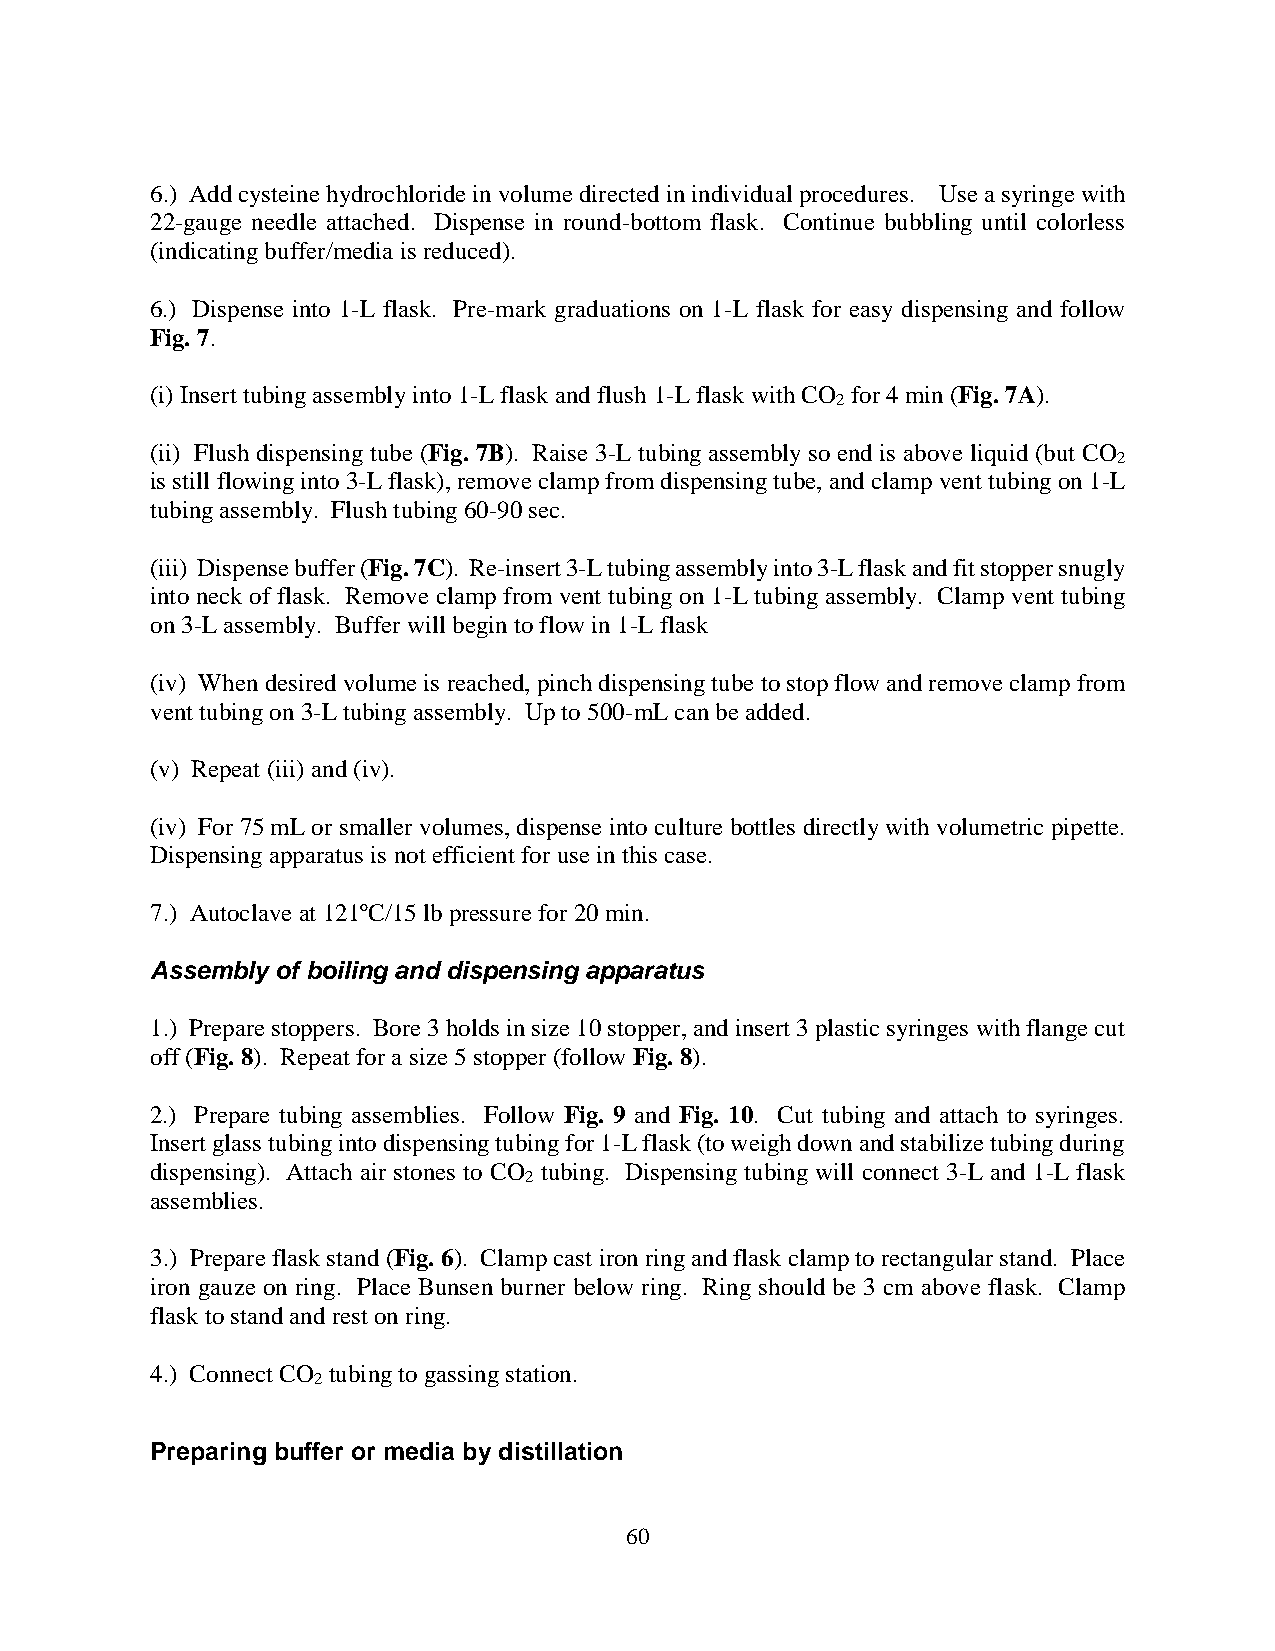
6.) Add cysteine hydrochloride in volume directed in individual procedures. Use a syringe with
 22-gauge needle attached. Dispense in round-bottom flask. Continue bubbling until colorless
 (indicating buffer/media is reduced).
 6.) Dispense into 1-L flask. Pre-mark graduations on 1-L flask for easy dispensing and follow
 Fig. 7.
 (i) Insert tubing assembly into 1-L flask and flush 1-L flask with CO for 4 min (Fig. 7A).
 2
 (ii) Flush dispensing tube (Fig. 7B). Raise 3-L tubing assembly so end is above liquid (but CO
 2
 is still flowing into 3-L flask), remove clamp from dispensing tube, and clamp vent tubing on 1-L
 tubing assembly. Flush tubing 60-90 sec.
 (iii) Dispense buffer (Fig. 7C). Re-insert 3-L tubing assembly into 3-L flask and fit stopper snugly
 into neck of flask. Remove clamp from vent tubing on 1-L tubing assembly. Clamp vent tubing
 on 3-L assembly. Buffer will begin to flow in 1-L flask
 (iv) When desired volume is reached, pinch dispensing tube to stop flow and remove clamp from
 vent tubing on 3-L tubing assembly. Up to 500-mL can be added.
 (v) Repeat (iii) and (iv).
 (iv) For 75 mL or smaller volumes, dispense into culture bottles directly with volumetric pipette.
 Dispensing apparatus is not efficient for use in this case.
 7.) Autoclave at 121ºC/15 lb pressure for 20 min.
 Assembly of boiling and dispensing apparatus
 1.) Prepare stoppers. Bore 3 holds in size 10 stopper, and insert 3 plastic syringes with flange cut
 off (Fig. 8). Repeat for a size 5 stopper (follow Fig. 8).
 2.) Prepare tubing assemblies. Follow Fig. 9 and Fig. 10. Cut tubing and attach to syringes.
 Insert glass tubing into dispensing tubing for 1-L flask (to weigh down and stabilize tubing during
 dispensing). Attach air stones to CO tubing. Dispensing tubing will connect 3-L and 1-L flask
 2
 assemblies.
 3.) Prepare flask stand (Fig. 6). Clamp cast iron ring and flask clamp to rectangular stand. Place
 iron gauze on ring. Place Bunsen burner below ring. Ring should be 3 cm above flask. Clamp
 flask to stand and rest on ring.
 4.) Connect CO tubing to gassing station.
 2
 Preparing buffer or media by distillation
 60